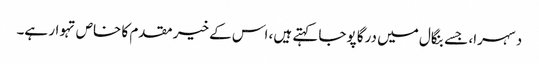
دسہرا، جسے بنگال میں درگا پوجا کہتے ہیں، اس کے خیر مقدم کا خاص تہوار ہے۔